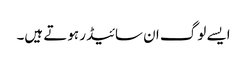
ایسے لوگ ان سائیڈر ہوتے ہیں۔